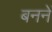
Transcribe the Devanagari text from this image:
बननें